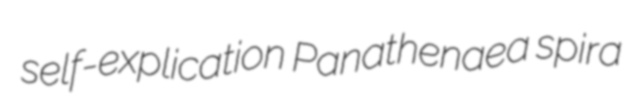
self-explication Panathenaea spira